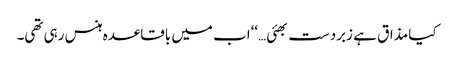
کیا مذاق ہے زبردست بھئی…‘‘اب میں باقاعدہ ہنس رہی تھی۔